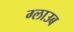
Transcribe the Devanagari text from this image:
ग्लाउब